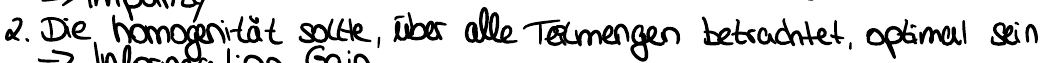
2. Die homogenität sollte, über alle Teilmengen betrachtet, optimal sein